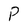
Character: P